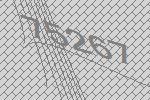
75267